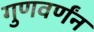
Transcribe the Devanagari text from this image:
गुणवर्णंन